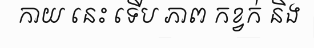
កាយ នេះ ទើប ភាព កខ្វក់ និង